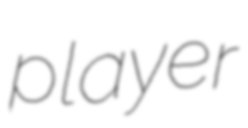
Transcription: player